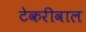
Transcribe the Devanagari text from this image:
टेकरीवाल